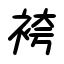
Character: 袴